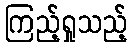
ကြည့်ရှုသည့်